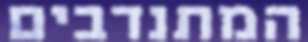
המתנדבים